Vaccination North-Western Provinces and Oudh 1896-1901 - 1896-1901
Year: 1896
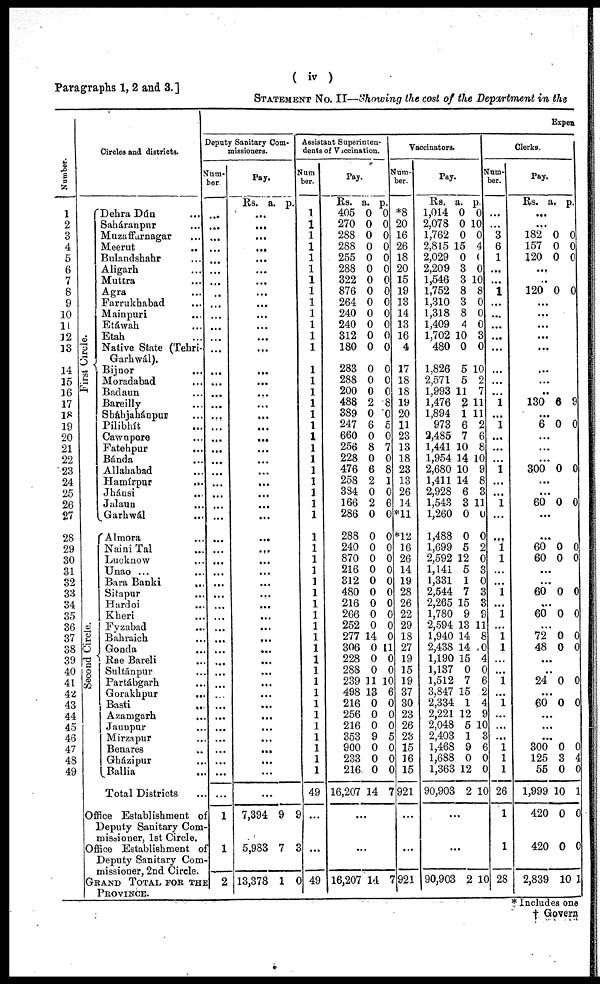
Paragraphs 1, 2 and 3.]
( iv )
STATEMENT No. II—Showing the cost of the Department in the
Number.
1
2
3
4
5
6
7
8
9
10
11
12
13
14
15
16
17
18
19
20
21
22
23
24
25
26
27
28
29
30
31
32
33
34
35
36
37
38
39
40
41
42
43
44
45
46
47
48
49
Circles and districts.
First Circle.
Second Circle.
Dehra Dún ...
Saháranpur ...
Muzaffarnagar ...
Meerut
..
Bulandshahr ...
Aligarh ...
Muttra ...
Agra ...
Farrukhabad ...
Mainpuri ...
Etáwah ...
Etah ...
Native State (Tehri-
Garhwál).
Bijnor ...
Moradabad ...
Badaun ...
Bareilly ...
Sháhjahánpur ...
Pilibhít ...
Cawnpore ...
Fatehpur ...
Bánda ...
Allahabad ...
Hamírpur
...
Jhánsi ...
Jalaun
...
Garhwál ...
Almora ...
Naini Tal
...
Lucknow ...
Unao ...
Bara Banki
...
Sitapur ...
Hardoi ...
Kheri ...
Fyzabad ...
Bahraich ...
Gonda ...
Rae Bareli ...
Sultánpur ...
Partábgarh ...
Gorakhpur
...
Basti
...
Azamgarh
...
Jaunpur ...
Mirzapur ...
Benares ...
Gházipur ...
Ballia ...
Total Districts ...
Office Establishment of
Deputy Sanitary Com-
missioner, 1st Circle.
Office Establishment of
Deputy Sanitary Com-
missioner, 2nd Circle.
GRAND TOTAL FOR THE
PROVINCE.
Expen
Deputy Sanitary Com-
missioners.
Num-
ber.
...
...
...
...
...
...
...
...
...
...
...
...
...
...
...
...
...
...
...
...
...
...
...
...
...
...
...
...
...
...
...
...
...
...
...
...
...
...
...
...
...
...
...
...
...
...
...
...
...
...
1
1
2
Pay.
Rs. a. p.
...
...
...
...
...
...
...
...
...
...
...
...
...
...
...
...
...
...
...
...
...
...
...
...
...
...
...
...
...
...
...
...
...
...
...
...
...
...
...
...
...
...
...
...
...
...
...
...
...
...
7,394
5,983
13,378
9
7
1
9
3
0
Assistant Superinten-
dents of Vaccination.
Num-
ber.
1
1
1
1
1
1
1
1
1
1
1
1
1
1
1
1
1
1
1
1
1
1
1
1
1
1
1
1
1
1
1
1
1
1
1
1
1
1
1
1
1
1
1
1
1
1
1
1
1
49
...
...
49
Pay.
Rs.
405
270
288
288
255
288
322
876
264
240
240
312
180
283
288
200
488
389
247
660
256
228
476
258
384
166
286
288
240
870
216
312
480
216
266
252
277
306
228
288
239
498
216
256
216
353
900
233
216
16,207
a.
0
0
0
0
0
0
0
0
0
0
0
0
0
0
0
0
2
0
6
0
8
0
6
2
0
2
0
0
0
0
0
0
0
0
0
0
14
0
0
0
11
13
0
0
0
9
0
0
0
14
p.
0
0
0
0
0
0
0
0
0
0
0
0
0
0
0
0
8
0
5
0
7
0
8
1
0
6
0
0
0
0
0
0
0
0
0
0
0
11
0
0
10
6
0
0
0
5
0
0
0
7
...
...
16,207 14 7
Vaccinators.
Num-
ber.
*8
20
16
26
18
20
15
19
13
14
13
16
4
17
18
18
19
20
11
23
13
18
23
13
26
14
*11
*12
16
26
14
19
28
26
22
29
18
27
19
15
19
37
30
23
26
23
15
16
15
921
...
...
921
Pay.
Rs.
1,014
2,078
1,762
2,815
2,029
2,209
1,546
1,752
1,310
1,318
1,409
1,702
480
1,826
2,571
1,993
1,476
1,894
973
2,485
1,441
1,954
2,680
1,411
2,928
1,543
1,260
1,488
1,699
2,592
1,141
1,331
2,544
2,265
1,780
2,594
1,940
2,438
1,190
1,137
1,512
3,847
2,334
2,221
2,048
2,403
1,468
1,688
1,363
90,903
a.
0
0
0
15
0
3
3
8
3
8
4
10
0
5
5
11
2
1
6
7
10
14
10
14
6
3
0
0
5
12
5
1
7
15
9
13
14
14
15
0
7
15
1
12
5
1
9
0
12
2
p.
0
10
0
4
0
0
10
8
0
0
0
3
0
10
2
7
11
11
2
6
8
10
9
8
3
11
0
0
2
0
3
0
3
3
9
11
8
0
4
0
6
2
4
9
10
3
6
0
0
10
...
...
90,903 2 10
Clerks.
Num-
ber.
...
...
3
6
1
...
...
1
...
...
...
...
...
...
...
...
1
...
1
...
...
...
1
...
...
1
...
...
1
1
...
...
1
...
1
...
1
1
...
...
1
...
1
...
...
...
1
1
1
26
1
1
28
Pay.
Rs. a. p.
...
...
182
157
120
0
0
0
0
0
0
...
...
120 0 0
...
...
...
...
...
...
...
...
130 6 9
...
6 0 0
...
...
...
300 0 0
...
...
60 0 0
...
...
60
60
0
0
0
0
...
...
60 0 0
...
60 0 0
...
72
48
0
0
0
0
...
...
24 0 0
...
60 0 0
...
...
...
300
125
55
1,999
420
420
2,839
0
3
0
10
0
0
10
0
4
0
1
0
0
1
* Includes one
† Govern